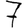
Digit: 7